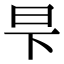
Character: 𬀧